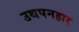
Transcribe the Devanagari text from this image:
उथपनहार